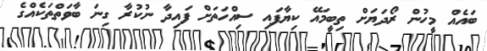
ބައެއް މީހުން ރޯދަޔަށް ތިބީމައޭ ކިޔާފައި ސިއްހަތަށް ފައިދާ ނުކުރާ ގިނަ ބާވަތްތަކެއްގެ